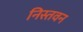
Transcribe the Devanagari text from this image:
निस्तवन